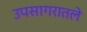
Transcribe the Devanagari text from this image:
उपसागरातले